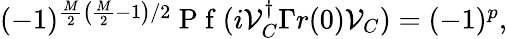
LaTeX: \begin{array}{r}{(-1)^{\frac{M}{2}\left(\frac{M}{2}-1\right)/2}\mathrm{~P~f~}(i\mathcal{V}_{C}^{\dagger}\Gamma r(0)\mathcal{V}_{C})=(-1)^{p},}\end{array}